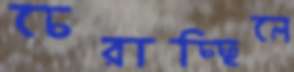
চেরাচ্ছিলে